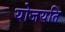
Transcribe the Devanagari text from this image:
योजयति